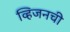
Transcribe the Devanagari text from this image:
व्हिजनची